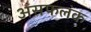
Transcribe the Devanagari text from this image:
अंसफलंक